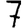
Digit: 7